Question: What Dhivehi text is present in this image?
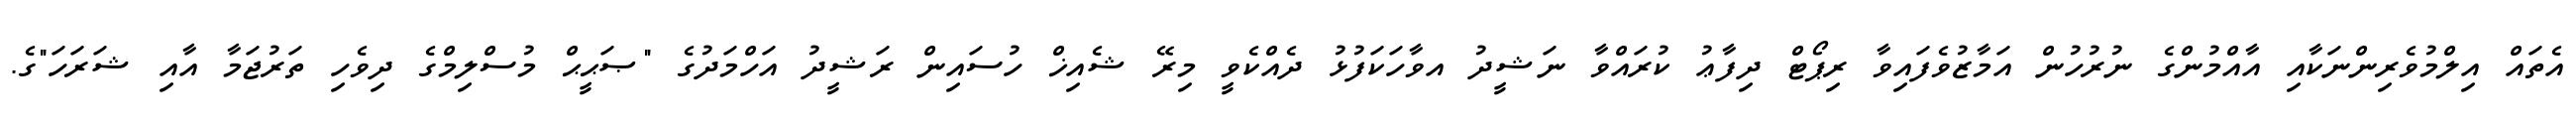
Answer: އެތައް އިލްމުވެރިންނަކާއި އާއްމުންގެ ނުރުހުން އަމާޒުވެފައިވާ ރިޕޯޓް ދިފާޢު ކުރައްވާ ނަޝީދު އވާހަކަފުޅު ދެއްކެވީ މިރޭ ޝެއިޚް ހުސައިން ރަޝީދު އަހްމަދުގެ "ޞަޙީޙް މުސްލިމްގެ ދިވެހި ތަރުޖަމާ އާއި ޝަރަހަ"ގެ.